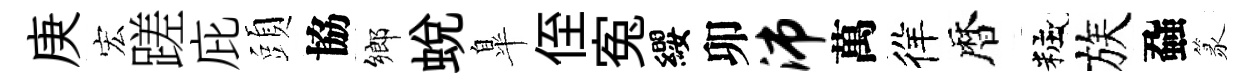
庚宏蹉庇頭協鄉蛻臯侄寃纓卯沛萬徉暦粧族蝨篆